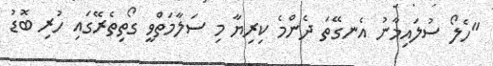
"ހެލޯ ސުލައިމާނު އެނގޭތަ ދެންމެ ކިރިޔާ މި ސަލާމަތްވީ ގޯތިތެރޭގައި ހުރި ބޮޑު